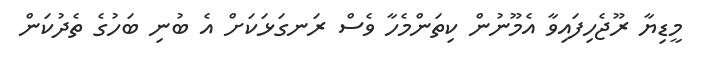
މީޑިޔާ ރޫޖެހިފައިވާ އެމޫނުން ކިތަންމެހާ ވެސް ރަނގަޅަކަށް އެ ބުނި ބަހުގެ ތެދުކަން